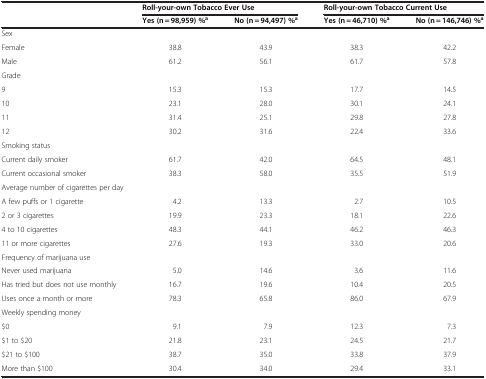
<table><thead><tr><td><b> </b></td><td colspan="2"><b>Roll-your-own Tobacco Ever Use</b></td><td colspan="2"><b>Roll-your-own Tobacco Current Use</b></td></tr><tr><td><b> </b></td><td><b>Yes (n = 98,959) %<sup>a</sup></b></td><td><b>No (n = 94,497) %<sup>a</sup></b></td><td><b>Yes (n = 46,710) %<sup>a</sup></b></td><td><b>No (n = 146,746) %<sup>a</sup></b></td></tr></thead><tbody><tr><td colspan="5">Sex</td></tr><tr><td>Female</td><td>38.8</td><td>43.9</td><td>38.3</td><td>42.2</td></tr><tr><td>Male</td><td>61.2</td><td>56.1</td><td>61.7</td><td>57.8</td></tr><tr><td colspan="5">Grade</td></tr><tr><td>9</td><td>15.3</td><td>15.3</td><td>17.7</td><td>14.5</td></tr><tr><td>10</td><td>23.1</td><td>28.0</td><td>30.1</td><td>24.1</td></tr><tr><td>11</td><td>31.4</td><td>25.1</td><td>29.8</td><td>27.8</td></tr><tr><td>12</td><td>30.2</td><td>31.6</td><td>22.4</td><td>33.6</td></tr><tr><td colspan="5">Smoking status</td></tr><tr><td>Current daily smoker</td><td>61.7</td><td>42.0</td><td>64.5</td><td>48.1</td></tr><tr><td>Current occasional smoker</td><td>38.3</td><td>58.0</td><td>35.5</td><td>51.9</td></tr><tr><td colspan="5">Average number of cigarettes per day</td></tr><tr><td>A few puffs or 1 cigarette</td><td>4.2</td><td>13.3</td><td>2.7</td><td>10.5</td></tr><tr><td>2 or 3 cigarettes</td><td>19.9</td><td>23.3</td><td>18.1</td><td>22.6</td></tr><tr><td>4 to 10 cigarettes</td><td>48.3</td><td>44.1</td><td>46.2</td><td>46.3</td></tr><tr><td>11 or more cigarettes</td><td>27.6</td><td>19.3</td><td>33.0</td><td>20.6</td></tr><tr><td colspan="5">Frequency of marijuana use</td></tr><tr><td>Never used marijuana</td><td>5.0</td><td>14.6</td><td>3.6</td><td>11.6</td></tr><tr><td>Has tried but does not use monthly</td><td>16.7</td><td>19.6</td><td>10.4</td><td>20.5</td></tr><tr><td>Uses once a month or more</td><td>78.3</td><td>65.8</td><td>86.0</td><td>67.9</td></tr><tr><td colspan="5">Weekly spending money</td></tr><tr><td>$0</td><td>9.1</td><td>7.9</td><td>12.3</td><td>7.3</td></tr><tr><td>$1 to $20</td><td>21.8</td><td>23.1</td><td>24.5</td><td>21.7</td></tr><tr><td>$21 to $100</td><td>38.7</td><td>35.0</td><td>33.8</td><td>37.9</td></tr><tr><td>More than $100</td><td>30.4</td><td>34.0</td><td>29.4</td><td>33.1</td></tr></tbody></table>